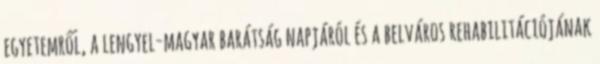
egyetemről, a lengyel-magyar barátság napjáról és a belváros rehabilitációjának